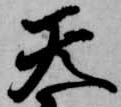
天